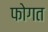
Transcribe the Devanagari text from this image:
फोगत